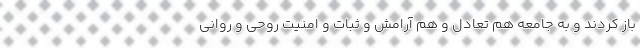
باز کردند و به جامعه هم تعادل و هم آرامش و ثبات و امنیت روحی و روانی